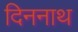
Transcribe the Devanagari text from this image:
दिननाथ